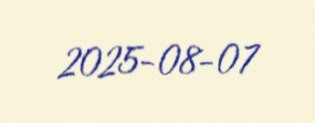
2025-08-07